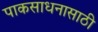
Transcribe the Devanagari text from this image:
पाकसाधनासाठी